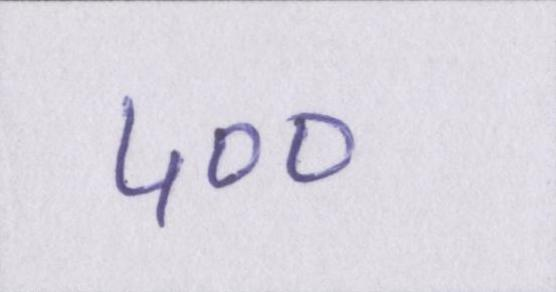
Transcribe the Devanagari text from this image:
५००